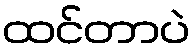
ထင်တာပဲ